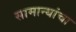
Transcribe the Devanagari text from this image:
सामान्यांचा